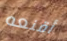
أقنعه